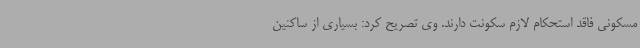
مسکونی فاقد استحکام لازم سکونت دارند. وی تصریح کرد: بسیاری از ساکنین